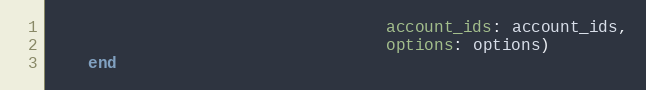
Language: Ruby
                                   account_ids: account_ids,
                                   options: options)
    end